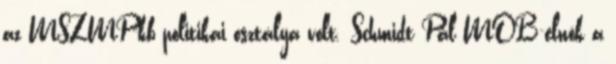
az MSZMP-kb politikai osztálya volt. Schmidt Pál MOB-elnök a